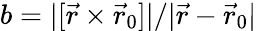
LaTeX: b=|[\vec{r}\times\vec{r}_{0}]|/|\vec{r}-\vec{r}_{0}|